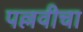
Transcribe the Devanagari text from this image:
पल्लवीचा